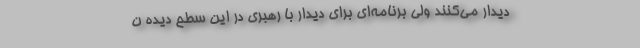
دیدار می‌کنند ولی برنامه‌ای برای دیدار با رهبری در این سطح دیده ن